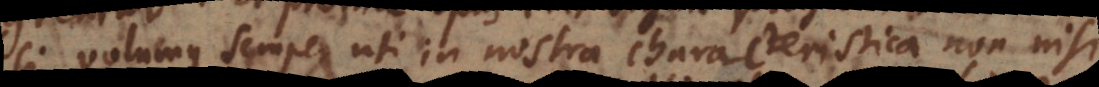
si volumus semper uti in nostra characteristica non nisi